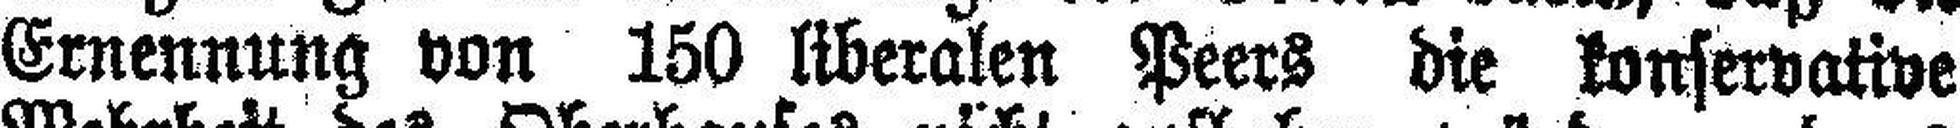
Ernennung von 150 liberalen Peers die konservative